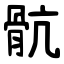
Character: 骯